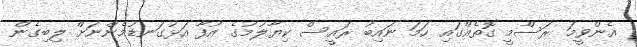
އެންވީމަ ރަސްމީ ގޮތެއްގައި ހަމަ ނައިބު ރައީސް ކިޔާލުމުގެ އުފާ އަޅުގަނޑުމެންނަށް ލިބިގެން